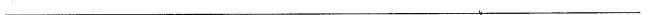
________